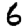
Digit: 6